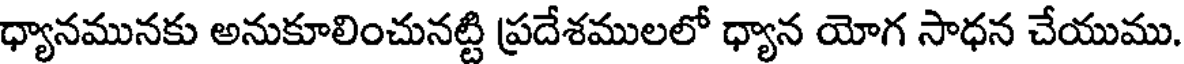
ధ్యానమునకు అనుకూలించునట్టి ప్రదేశములలో ధ్యాన యోగ సాధన చేయుము.